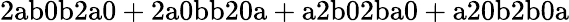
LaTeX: \mathrm{2ab0b2a0+2a0bb20a+a2b02ba0+a20b2b0a}